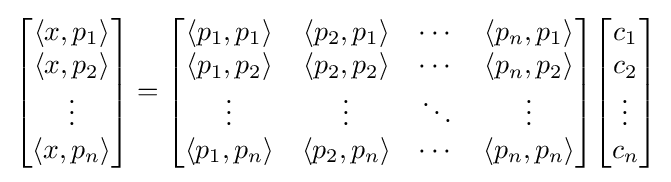
{\begin{bmatrix}\left\langle x,p_{1}\right\rangle \\\left\langle x,p_{2}\right\rangle \\\vdots \\\left\langle x,p_{n}\right\rangle \end{bmatrix}}={\begin{bmatrix}\left\langle p_{1},p_{1}\right\rangle &\left\langle p_{2},p_{1}\right\rangle &\cdots &\left\langle p_{n},p_{1}\right\rangle \\\left\langle p_{1},p_{2}\right\rangle &\left\langle p_{2},p_{2}\right\rangle &\cdots &\left\langle p_{n},p_{2}\right\rangle \\\vdots &\vdots &\ddots &\vdots \\\left\langle p_{1},p_{n}\right\rangle &\left\langle p_{2},p_{n}\right\rangle &\cdots &\left\langle p_{n},p_{n}\right\rangle \end{bmatrix}}{\begin{bmatrix}c_{1}\\c_{2}\\\vdots \\c_{n}\end{bmatrix}}